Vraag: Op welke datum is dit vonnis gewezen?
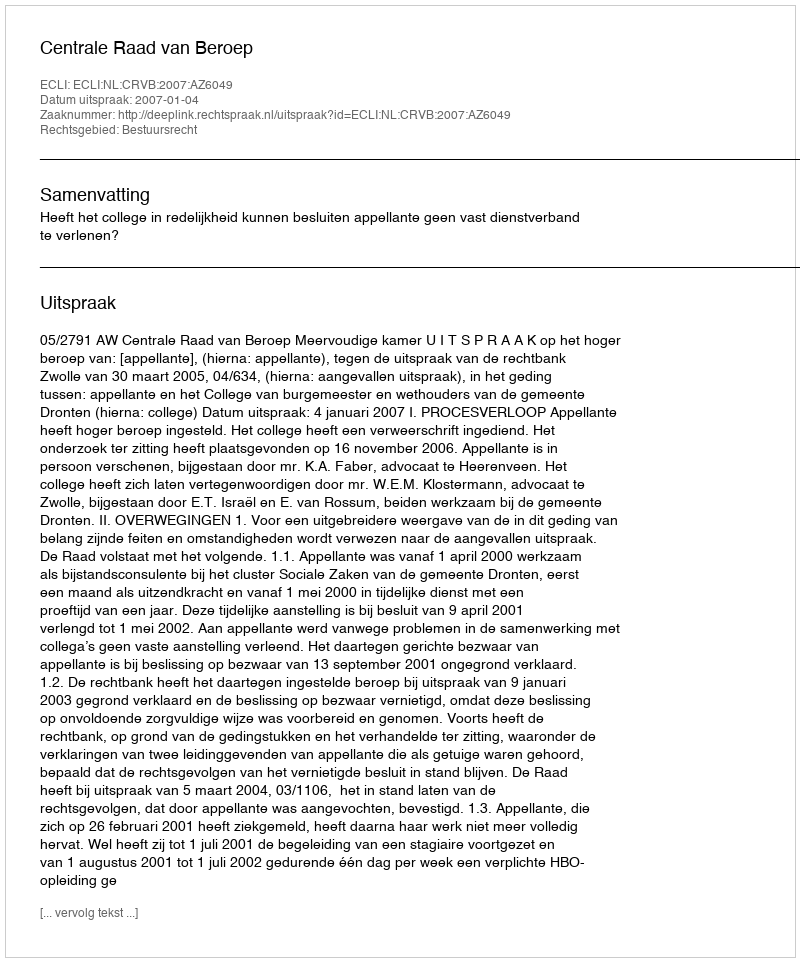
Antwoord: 2007-01-04